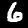
Label: 6